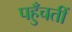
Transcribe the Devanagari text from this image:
पहुँचतीं